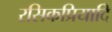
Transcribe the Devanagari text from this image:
रसिकप्रियादि